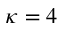
\kappa = 4